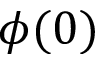
\phi ( 0 )